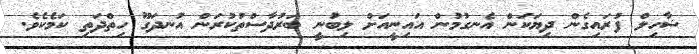
ޝާހިލް ފުރައިގެން ދިޔަކަން އެނގުމުން އައިނީއަށް ލިބުނީ ބަރުދާސްތުކުރަން އުނދަގޫ ހިތްދަތި ކަމެކެވެ.